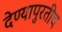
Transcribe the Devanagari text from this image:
देण्यापुरतीच